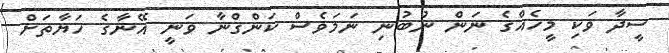
ސީދާ ވަކި މީހެއްގެ ނަން ނުބުނި ނަމަވެސް ކަންގްނާ ވަނީ އޭނާގެ ހަޔާތަށް